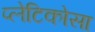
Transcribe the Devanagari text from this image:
प्लेटिकोसा